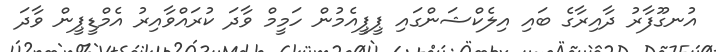
އުނގޫފާރު ދާއިރާގެ ބައި އިލެކްޝަންގައި ޕީޕީއެމުން ހަމީމް ވާދަ ކުރައްވާއިރު އެމްޑީޕީން ވާދަ